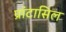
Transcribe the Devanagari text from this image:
प्रांटासिल